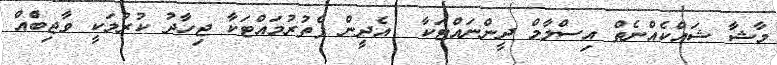
މާޝާ ޝައްކެއްނެތް އިސްލާމް ދީންނައްޓަކާ  އެދީން ފެތުރުމައްޓަކާ ޖިހާދު ކުރުމަކީ ވާޖިބެްއް